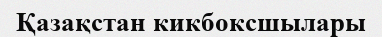
Қазақстан кикбоксшылары